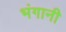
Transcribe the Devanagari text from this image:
भंगानी